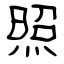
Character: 照